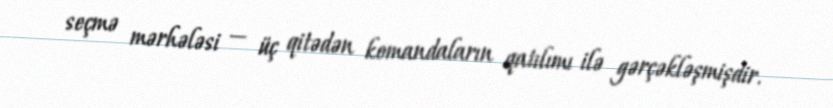
seçmə mərhələsi — üç qitədən komandaların qatılımı ilə gərçəkləşmişdir.